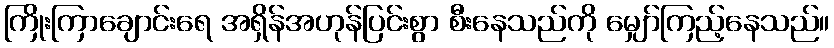
ကြိုးကြာချောင်းရေ အရှိန်အဟုန်ပြင်းစွာ စီးနေသည်ကို မျှော်ကြည့်နေသည်။